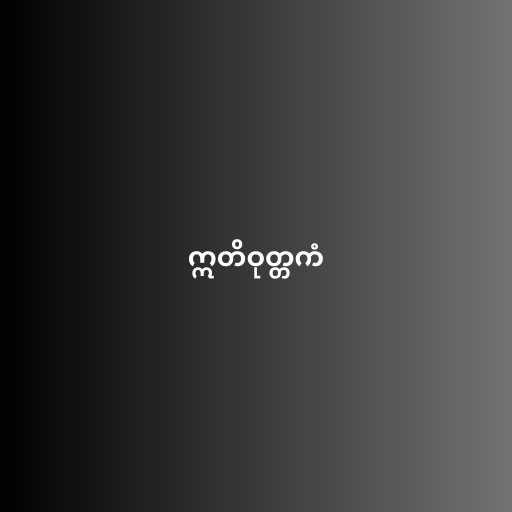
ဣတိဝုတ္တကံ